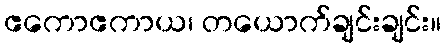
ဧကောဧကာယ၊ တယောက်ချင်းချင်း။